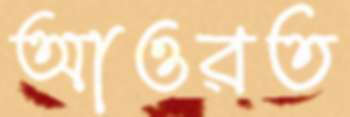
আওরত